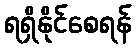
ရရှိနိုင်စေရန်